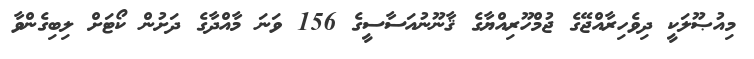
މިއުޞޫލަކީ ދިވެހިރާއްޖޭގެ ޖުމްހޫރިއްޔާގެ ޤާނޫނުއަސާސީގެ 156 ވަނަ މާއްދާގެ ދަށުން ކޯޓަށް ލިބިގެންވާ